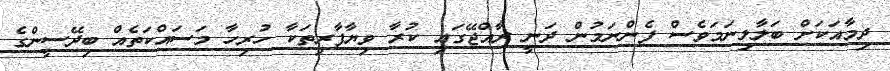
ދިމާއަކަށް ބަލާލިނަމަވެސް ފެންނަމުން ދަނީ ރާއްޖޭގައި ކުރާ ވިޔާފާރިތަކާ ހުރިހާ މަސައްކަތެއް ބިދޭސީންގެ